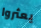
يعثروا